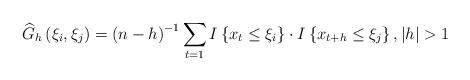
LaTeX: \begin{align*}\widehat{G}_{h}\left( \xi _{i},\xi _{j}\right) =\left( n-h\right)^{-1}\sum_{t=1}I\left\{ x_{t}\leq \xi _{i}\right\} \cdot I\left\{x_{t+h}\leq \xi _{j}\right\} ,\left\vert h\right\vert >1\end{align*}